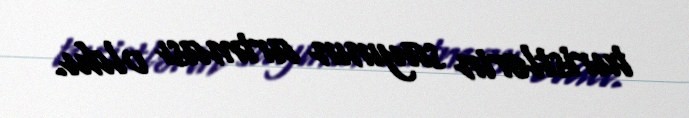
turistlərin sayının artması oldu.